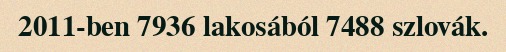
2011-ben 7936 lakosából 7488 szlovák.